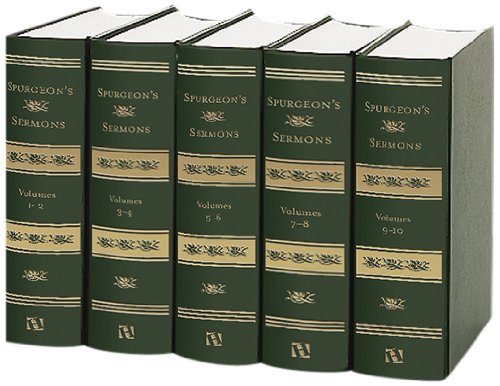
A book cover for Spurgeon's Sermons, 5 Volumes; C. H. Spurgeon; Christian Books & Bibles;